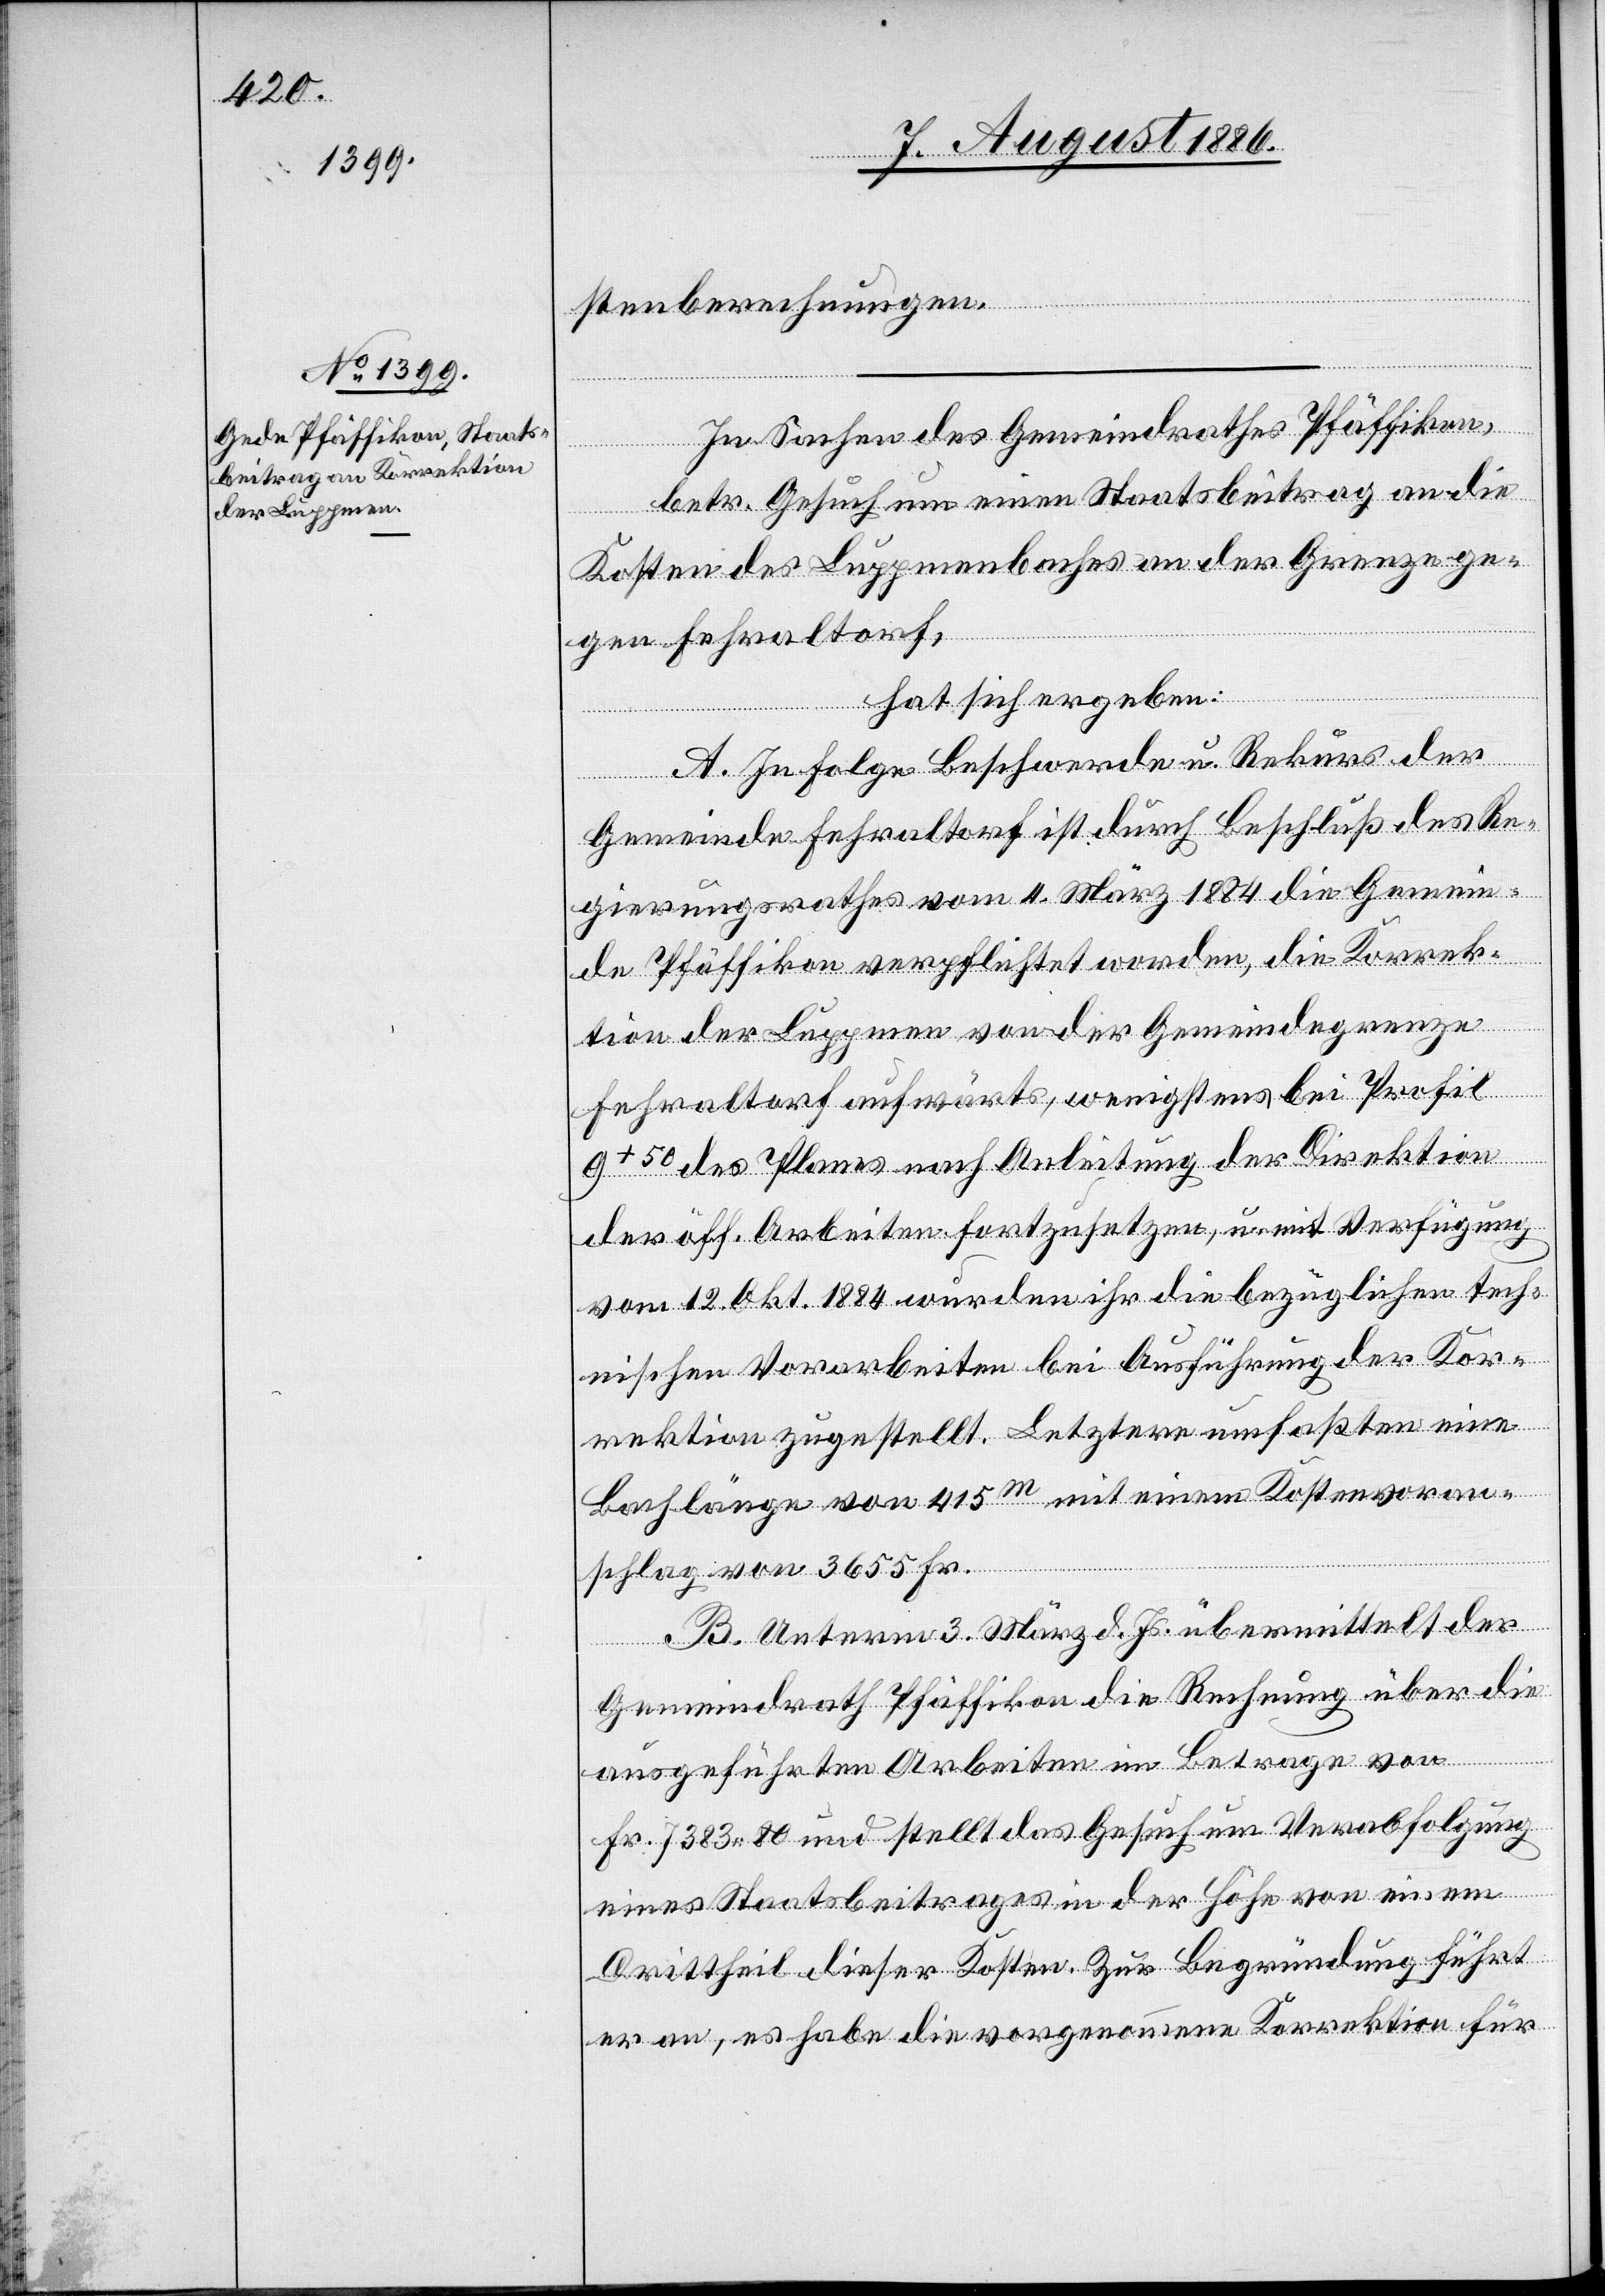
stenberechnungen.
In Sachen des Gemeindrathes Pfäffikon,
betr. Gesuch um einen Staatsbeitrag an die
Kosten des Luppmenbaches an der Grenze ge¬
gen Fehraltorf,
hat sich ergeben:
A. In Folge Beschwerde u. Rekurs der
Gemeinde Fehraltorf ist durch Beschluß des Re¬
gierungsrathes vom 4. März 1884 die Gemein¬
de Pfäffikon verpflichtet worden, die Korrek¬
tion der Luppmen von der Gemeindegrenze
Fehraltorf aufwärts, wenigstens bei Profil
9150 des Planes nach Ableitung der Direktion
der öff. Arbeiten fortzusetzen, u. mit Verfügung
vom 12. Okt. 1884 wurden ihr die bezüglichen tech¬
nischen Vorarbeiten bei Ausführung der Kor¬
rektion zugestellt. Letztere umfaßten eine
Bachlänge von 415m mit einem Kostenvoran¬
schlag von 3655 Fr.
B. Unterm 3. März d. Js. übermittelt der
Gemeindrath Pfäffikon die Rechnung über die
ausgeführten Arbeiten im Betrage von
Fr. 7383 80 und stellt das Gesuch um Verabfolgung
eines Staatsbeitrages in der Höhe von einem
Drittheil dieser Kosten. Zur Begründung führt
er an, es habe die vorgenommene Korrektion für